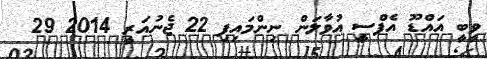
ވީބީ އައްޑޫ އެފްސީ އުވާލަން ނިންމައިފި 22 ޖެނުއަރީ 2014 29